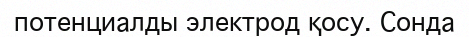
потенциалды электрод қосу. Сонда